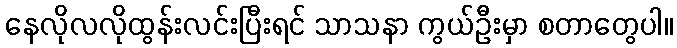
နေလိုလလိုထွန်းလင်းပြီးရင် သာသနာ ကွယ်ဦးမှာ စတာတွေပါ။